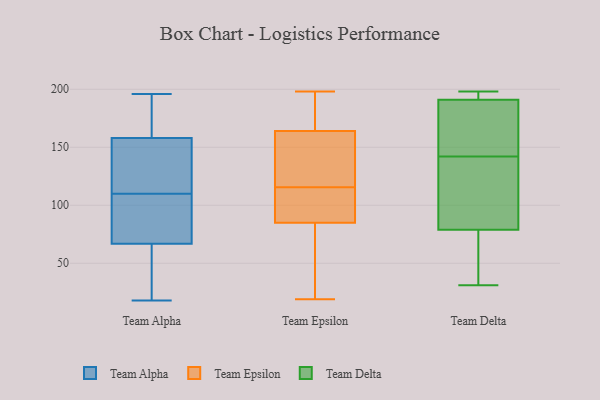
{"axis": {"x": "Operating Costs (USD K)", "y": "Value"}, "legend": ["Team Alpha", "Team Delta", "Team Epsilon"], "data": [{"x": "", "y": 196, "type": "Team Alpha"}, {"x": "", "y": 55, "type": "Team Alpha"}, {"x": "", "y": 142, "type": "Team Alpha"}, {"x": "", "y": 185, "type": "Team Alpha"}, {"x": "", "y": 57, "type": "Team Alpha"}, {"x": "", "y": 78, "type": "Team Alpha"}, {"x": "", "y": 164, "type": "Team Alpha"}, {"x": "", "y": 143, "type": "Team Alpha"}, {"x": "", "y": 70, "type": "Team Alpha"}, {"x": "", "y": 97, "type": "Team Alpha"}, {"x": "", "y": 27, "type": "Team Alpha"}, {"x": "", "y": 178, "type": "Team Alpha"}, {"x": "", "y": 149, "type": "Team Alpha"}, {"x": "", "y": 75, "type": "Team Alpha"}, {"x": "", "y": 110, "type": "Team Alpha"}, {"x": "", "y": 18, "type": "Team Alpha"}, {"x": "", "y": 156, "type": "Team Alpha"}, {"x": "", "y": 123, "type": "Team Epsilon"}, {"x": "", "y": 35, "type": "Team Epsilon"}, {"x": "", "y": 164, "type": "Team Epsilon"}, {"x": "", "y": 189, "type": "Team Epsilon"}, {"x": "", "y": 58, "type": "Team Epsilon"}, {"x": "", "y": 181, "type": "Team Epsilon"}, {"x": "", "y": 97, "type": "Team Epsilon"}, {"x": "", "y": 185, "type": "Team Epsilon"}, {"x": "", "y": 198, "type": "Team Epsilon"}, {"x": "", "y": 19, "type": "Team Epsilon"}, {"x": "", "y": 158, "type": "Team Epsilon"}, {"x": "", "y": 103, "type": "Team Epsilon"}, {"x": "", "y": 104, "type": "Team Epsilon"}, {"x": "", "y": 121, "type": "Team Epsilon"}, {"x": "", "y": 114, "type": "Team Epsilon"}, {"x": "", "y": 64, "type": "Team Epsilon"}, {"x": "", "y": 117, "type": "Team Epsilon"}, {"x": "", "y": 85, "type": "Team Epsilon"}, {"x": "", "y": 198, "type": "Team Delta"}, {"x": "", "y": 179, "type": "Team Delta"}, {"x": "", "y": 186, "type": "Team Delta"}, {"x": "", "y": 191, "type": "Team Delta"}, {"x": "", "y": 31, "type": "Team Delta"}, {"x": "", "y": 197, "type": "Team Delta"}, {"x": "", "y": 79, "type": "Team Delta"}, {"x": "", "y": 83, "type": "Team Delta"}, {"x": "", "y": 41, "type": "Team Delta"}, {"x": "", "y": 105, "type": "Team Delta"}]}